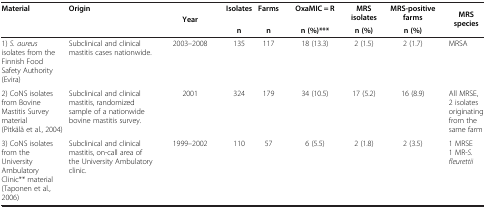
| <ROWSPAN=2> Material | <ROWSPAN=2> Origin | <ROWSPAN=2> Year | Isolates | Farms | OxaMIC = R | MRS isolates | MRS-positive farms | <ROWSPAN=2> MRS species |
 | n | n | n (%)*** | n (%) | n (%) |
 | --- | --- | --- | --- | --- | --- | --- | --- | --- |
 | 1) S. aureus isolates from the Finnish Food Safety Authority (Evira) | Subclinical and clinical mastitis cases nationwide. | 2003–2008 | 135 | 117 | 18 (13.3) | 2 (1.5) | 2 (1.7) | MRSA |
 | 2) CoNS isolates from Bovine Mastitis Survey material (Pitkälä et al., 2004) | Subclinical and clinical mastitis, randomized sample of a nationwide bovine mastitis survey. | 2001 | 324 | 179 | 34 (10.5) | 17 (5.2) | 16 (8.9) | All MRSE, 2 isolates originating from the same farm |
 | <ROWSPAN=2> 3) CoNS isolates from the University Ambulatory Clinic** material (Taponen et al., 2006) | <ROWSPAN=2> Subclinical and clinical mastitis, on-call area of the University Ambulatory clinic. | <ROWSPAN=2> 1999–2002 | <ROWSPAN=2> 110 | <ROWSPAN=2> 57 | <ROWSPAN=2> 6 (5.5) | <ROWSPAN=2> 2 (1.8) | <ROWSPAN=2> 2 (3.5) | 1 MRSE 1 MR-S. fleurettii |